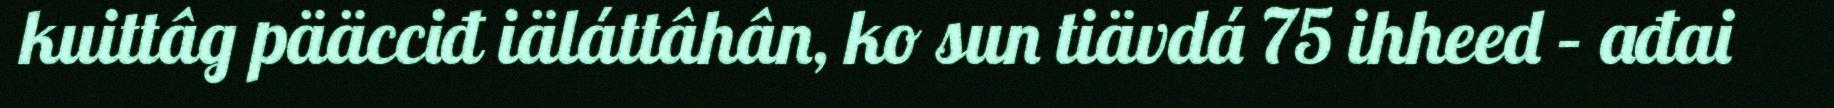
kuittâg pääcciđ iäláttâhân, ko sun tiävdá 75 ihheed – ađai